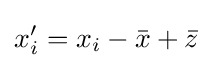
x_{i}'=x_{i}-{\bar {x}}+{\bar {z}}